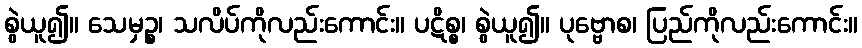
စွဲယူ၍။ သေမှဉ္စ၊ သလိပ်ကိုလည်းကောင်း။ ပဋိစ္စ၊ စွဲယူ၍။ ပုဗ္ဗောစ၊ ပြည်ကိုလည်းကောင်း။